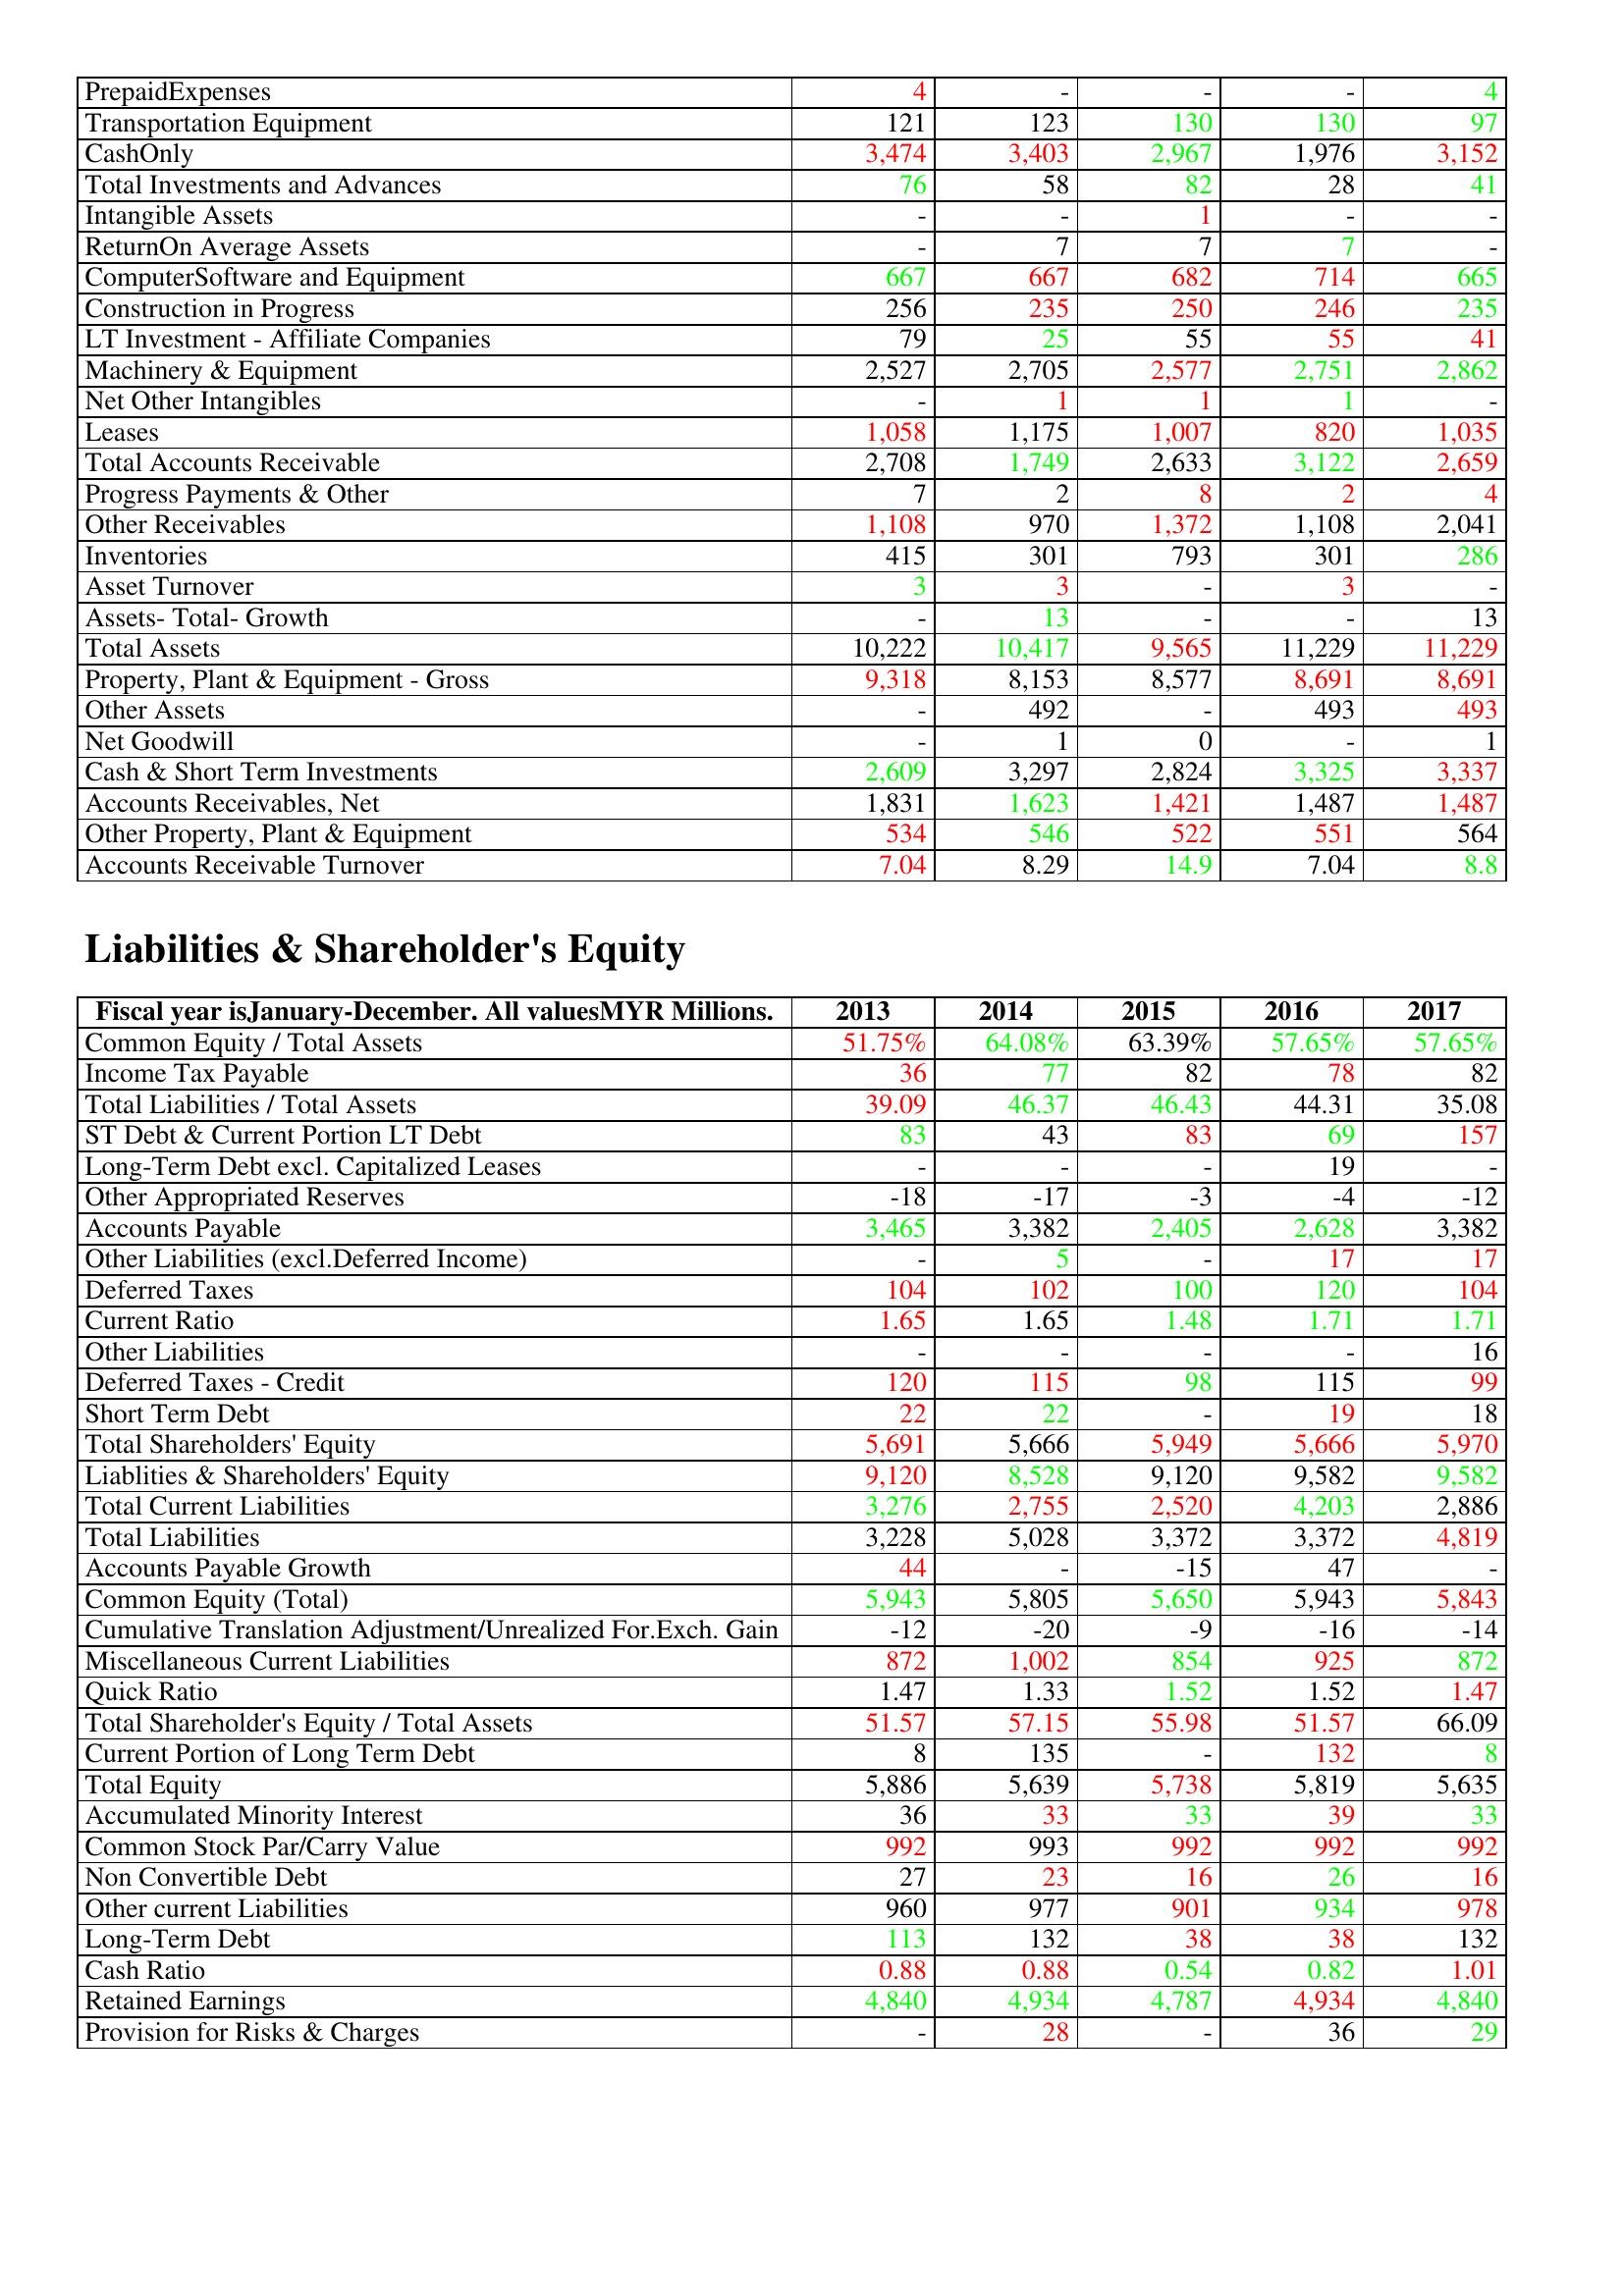
gt_parse: 2013: Assets: PrepaidExpenses: 4
Transportation Equipment: 121
CashOnly: 3,474
Total Investments and Advances: 76
Intangible Assets: -
ReturnOn Average Assets: -
ComputerSoftware and Equipment: 667
Construction in Progress: 256
LT Investment - Affiliate Companies: 79
Machinery & Equipment: 2,527
Net Other Intangibles: -
Leases: 1,058
Total Accounts Receivable: 2,708
Progress Payments & Other: 7
Other Receivables: 1,108
Inventories: 415
Asset Turnover: 3
Assets- Total- Growth: -
Total Assets: 10,222
Property, Plant & Equipment - Gross : 9,318
Other Assets: -
Net Goodwill: -
Cash & Short Term Investments: 2,609
Accounts Receivables, Net: 1,831
Other Property, Plant & Equipment: 534
Accounts Receivable Turnover: 7.04
Liabilities & Shareholder's Equity: Common Equity / Total Assets: 51.75%
Income Tax Payable: 36
Total Liabilities / Total Assets: 39.09
ST Debt & Current Portion LT Debt: 83
Long-Term Debt excl. Capitalized Leases: -
Other Appropriated Reserves: -18
Accounts Payable: 3,465
Other Liabilities (excl.Deferred Income): -
Deferred Taxes: 104
Current Ratio: 1.65
Other Liabilities: -
Deferred Taxes - Credit: 120
Short Term Debt: 22
Total Shareholders' Equity: 5,691
Liablities & Shareholders' Equity: 9,120
Total Current Liabilities: 3,276
Total Liabilities: 3,228
Accounts Payable Growth: 44
Common Equity (Total): 5,943
Cumulative Translation Adjustment/Unrealized For.Exch. Gain: -12
Miscellaneous Current Liabilities: 872
Quick Ratio: 1.47
Total Shareholder's Equity / Total Assets: 51.57
Current Portion of Long Term Debt: 8
Total Equity: 5,886
Accumulated Minority Interest: 36
Common Stock Par/Carry Value: 992
Non Convertible Debt: 27
Other current Liabilities: 960
Long-Term Debt: 113
Cash Ratio: 0.88
Retained Earnings: 4,840
Provision for Risks & Charges: -
2014: Assets: PrepaidExpenses: -
Transportation Equipment: 123
CashOnly: 3,403
Total Investments and Advances: 58
Intangible Assets: -
ReturnOn Average Assets: 7
ComputerSoftware and Equipment: 667
Construction in Progress: 235
LT Investment - Affiliate Companies: 25
Machinery & Equipment: 2,705
Net Other Intangibles: 1
Leases: 1,175
Total Accounts Receivable: 1,749
Progress Payments & Other: 2
Other Receivables: 970
Inventories: 301
Asset Turnover: 3
Assets- Total- Growth: 13
Total Assets: 10,417
Property, Plant & Equipment - Gross : 8,153
Other Assets: 492
Net Goodwill: 1
Cash & Short Term Investments: 3,297
Accounts Receivables, Net: 1,623
Other Property, Plant & Equipment: 546
Accounts Receivable Turnover: 8.29
Liabilities & Shareholder's Equity: Common Equity / Total Assets: 64.08%
Income Tax Payable: 77
Total Liabilities / Total Assets: 46.37
ST Debt & Current Portion LT Debt: 43
Long-Term Debt excl. Capitalized Leases: -
Other Appropriated Reserves: -17
Accounts Payable: 3,382
Other Liabilities (excl.Deferred Income): 5
Deferred Taxes: 102
Current Ratio: 1.65
Other Liabilities: -
Deferred Taxes - Credit: 115
Short Term Debt: 22
Total Shareholders' Equity: 5,666
Liablities & Shareholders' Equity: 8,528
Total Current Liabilities: 2,755
Total Liabilities: 5,028
Accounts Payable Growth: -
Common Equity (Total): 5,805
Cumulative Translation Adjustment/Unrealized For.Exch. Gain: -20
Miscellaneous Current Liabilities: 1,002
Quick Ratio: 1.33
Total Shareholder's Equity / Total Assets: 57.15
Current Portion of Long Term Debt: 135
Total Equity: 5,639
Accumulated Minority Interest: 33
Common Stock Par/Carry Value: 993
Non Convertible Debt: 23
Other current Liabilities: 977
Long-Term Debt: 132
Cash Ratio: 0.88
Retained Earnings: 4,934
Provision for Risks & Charges: 28
2015: Assets: PrepaidExpenses: -
Transportation Equipment: 130
CashOnly: 2,967
Total Investments and Advances: 82
Intangible Assets: 1
ReturnOn Average Assets: 7
ComputerSoftware and Equipment: 682
Construction in Progress: 250
LT Investment - Affiliate Companies: 55
Machinery & Equipment: 2,577
Net Other Intangibles: 1
Leases: 1,007
Total Accounts Receivable: 2,633
Progress Payments & Other: 8
Other Receivables: 1,372
Inventories: 793
Asset Turnover: -
Assets- Total- Growth: -
Total Assets: 9,565
Property, Plant & Equipment - Gross : 8,577
Other Assets: -
Net Goodwill: 0
Cash & Short Term Investments: 2,824
Accounts Receivables, Net: 1,421
Other Property, Plant & Equipment: 522
Accounts Receivable Turnover: 14.9
Liabilities & Shareholder's Equity: Common Equity / Total Assets: 63.39%
Income Tax Payable: 82
Total Liabilities / Total Assets: 46.43
ST Debt & Current Portion LT Debt: 83
Long-Term Debt excl. Capitalized Leases: -
Other Appropriated Reserves: -3
Accounts Payable: 2,405
Other Liabilities (excl.Deferred Income): -
Deferred Taxes: 100
Current Ratio: 1.48
Other Liabilities: -
Deferred Taxes - Credit: 98
Short Term Debt: -
Total Shareholders' Equity: 5,949
Liablities & Shareholders' Equity: 9,120
Total Current Liabilities: 2,520
Total Liabilities: 3,372
Accounts Payable Growth: -15
Common Equity (Total): 5,650
Cumulative Translation Adjustment/Unrealized For.Exch. Gain: -9
Miscellaneous Current Liabilities: 854
Quick Ratio: 1.52
Total Shareholder's Equity / Total Assets: 55.98
Current Portion of Long Term Debt: -
Total Equity: 5,738
Accumulated Minority Interest: 33
Common Stock Par/Carry Value: 992
Non Convertible Debt: 16
Other current Liabilities: 901
Long-Term Debt: 38
Cash Ratio: 0.54
Retained Earnings: 4,787
Provision for Risks & Charges: -
2016: Assets: PrepaidExpenses: -
Transportation Equipment: 130
CashOnly: 1,976
Total Investments and Advances: 28
Intangible Assets: -
ReturnOn Average Assets: 7
ComputerSoftware and Equipment: 714
Construction in Progress: 246
LT Investment - Affiliate Companies: 55
Machinery & Equipment: 2,751
Net Other Intangibles: 1
Leases: 820
Total Accounts Receivable: 3,122
Progress Payments & Other: 2
Other Receivables: 1,108
Inventories: 301
Asset Turnover: 3
Assets- Total- Growth: -
Total Assets: 11,229
Property, Plant & Equipment - Gross : 8,691
Other Assets: 493
Net Goodwill: -
Cash & Short Term Investments: 3,325
Accounts Receivables, Net: 1,487
Other Property, Plant & Equipment: 551
Accounts Receivable Turnover: 7.04
Liabilities & Shareholder's Equity: Common Equity / Total Assets: 57.65%
Income Tax Payable: 78
Total Liabilities / Total Assets: 44.31
ST Debt & Current Portion LT Debt: 69
Long-Term Debt excl. Capitalized Leases: 19
Other Appropriated Reserves: -4
Accounts Payable: 2,628
Other Liabilities (excl.Deferred Income): 17
Deferred Taxes: 120
Current Ratio: 1.71
Other Liabilities: -
Deferred Taxes - Credit: 115
Short Term Debt: 19
Total Shareholders' Equity: 5,666
Liablities & Shareholders' Equity: 9,582
Total Current Liabilities: 4,203
Total Liabilities: 3,372
Accounts Payable Growth: 47
Common Equity (Total): 5,943
Cumulative Translation Adjustment/Unrealized For.Exch. Gain: -16
Miscellaneous Current Liabilities: 925
Quick Ratio: 1.52
Total Shareholder's Equity / Total Assets: 51.57
Current Portion of Long Term Debt: 132
Total Equity: 5,819
Accumulated Minority Interest: 39
Common Stock Par/Carry Value: 992
Non Convertible Debt: 26
Other current Liabilities: 934
Long-Term Debt: 38
Cash Ratio: 0.82
Retained Earnings: 4,934
Provision for Risks & Charges: 36
2017: Assets: PrepaidExpenses: 4
Transportation Equipment: 97
CashOnly: 3,152
Total Investments and Advances: 41
Intangible Assets: -
ReturnOn Average Assets: -
ComputerSoftware and Equipment: 665
Construction in Progress: 235
LT Investment - Affiliate Companies: 41
Machinery & Equipment: 2,862
Net Other Intangibles: -
Leases: 1,035
Total Accounts Receivable: 2,659
Progress Payments & Other: 4
Other Receivables: 2,041
Inventories: 286
Asset Turnover: -
Assets- Total- Growth: 13
Total Assets: 11,229
Property, Plant & Equipment - Gross : 8,691
Other Assets: 493
Net Goodwill: 1
Cash & Short Term Investments: 3,337
Accounts Receivables, Net: 1,487
Other Property, Plant & Equipment: 564
Accounts Receivable Turnover: 8.8
Liabilities & Shareholder's Equity: Common Equity / Total Assets: 57.65%
Income Tax Payable: 82
Total Liabilities / Total Assets: 35.08
ST Debt & Current Portion LT Debt: 157
Long-Term Debt excl. Capitalized Leases: -
Other Appropriated Reserves: -12
Accounts Payable: 3,382
Other Liabilities (excl.Deferred Income): 17
Deferred Taxes: 104
Current Ratio: 1.71
Other Liabilities: 16
Deferred Taxes - Credit: 99
Short Term Debt: 18
Total Shareholders' Equity: 5,970
Liablities & Shareholders' Equity: 9,582
Total Current Liabilities: 2,886
Total Liabilities: 4,819
Accounts Payable Growth: -
Common Equity (Total): 5,843
Cumulative Translation Adjustment/Unrealized For.Exch. Gain: -14
Miscellaneous Current Liabilities: 872
Quick Ratio: 1.47
Total Shareholder's Equity / Total Assets: 66.09
Current Portion of Long Term Debt: 8
Total Equity: 5,635
Accumulated Minority Interest: 33
Common Stock Par/Carry Value: 992
Non Convertible Debt: 16
Other current Liabilities: 978
Long-Term Debt: 132
Cash Ratio: 1.01
Retained Earnings: 4,840
Provision for Risks & Charges: 29